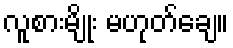
လူစားမျိုး မဟုတ်ချေ။